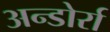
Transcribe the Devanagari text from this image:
अन्डोर्रा